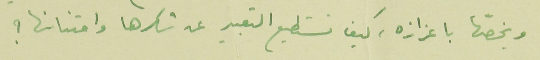
ويخصّها باعزازه، كيف نستطيع التعبير عن شكرها وامتنانها ؟